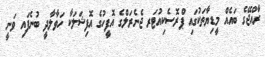
ރާއްޖޭގެ ބައެއް މީޑިޔާތަކުގައި ޕްރޮސެކިއުޓަރ ޖެނެރަލްގެ އޮފީހުގެ އޮފިޝަލަކާ ހަވާލާދީ ބުނެފައި ވަނީ